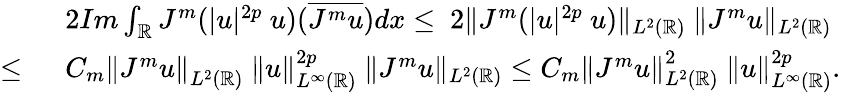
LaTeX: \begin{array}{rl}&{2Im\int_{\mathbb{R}}J^{m}(|u|^{2p}\ u)(\overline{{J^{m}u}})dx\leq\ 2\| J^{m}(|u|^{2p}\ u)\| _{L^{2}(\mathbb{R})}\ \| J^{m}u\| _{L^{2}(\mathbb{R})}}\\ {\leq\ }&{C_{m}\left\| J^{m}u\right\| _{L^{2}(\mathbb{R})}\ \| u\| _{L^{\infty}(\mathbb{R})}^{2p}\ \| J^{m}u\| _{L^{2}(\mathbb{R})}\leq C_{m}\left\| J^{m}u\right\| _{L^{2}(\mathbb{R})}^{2}\ \| u\| _{L^{\infty}(\mathbb{R})}^{2p}.}\end{array}